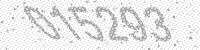
Solution: 015293